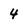
Character: 4